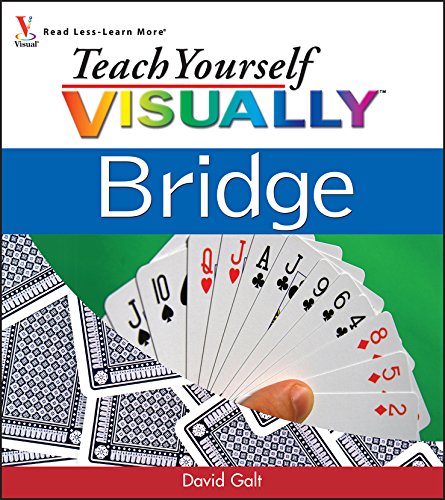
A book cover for Teach Yourself VISUALLY Bridge; David Galt; Humor & Entertainment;